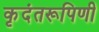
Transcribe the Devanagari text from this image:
कृदंतरूपिणी